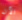
الآن